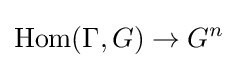
\mathrm {Hom} (\Gamma ,G)\to G^{n}